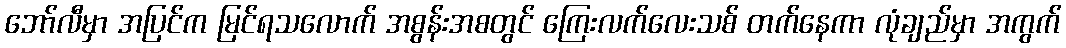
ဘော်လီမှာ အပြင်က မြင်ရသလောက် အစွန်းအစတွင် ကြေးလက်လေးသစ် တက်နေကာ လုံချည်မှာ အကွက်